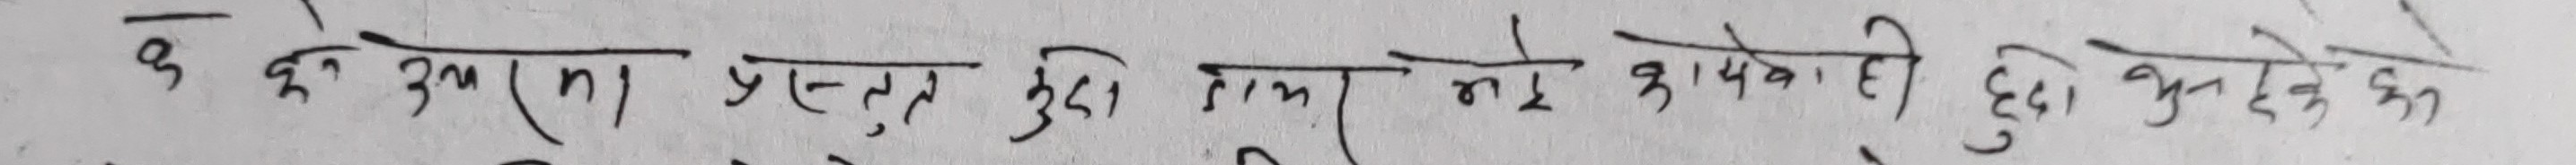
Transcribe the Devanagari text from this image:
के के उपाय प्रयोग हुने तथा नगरेका दुई भुक्त देखेका हुन्